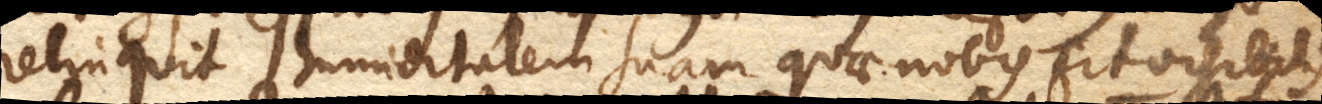
relinquit humiditatem suam quae nobis fit visibilis